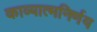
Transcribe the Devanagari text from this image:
काव्यात्मनिर्णय